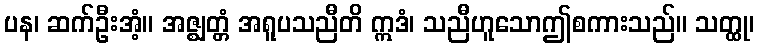
ပန၊ ဆက်ဦးအံ့။ အဇ္ဈတ္တံ အရူပသညီတိ ဣဒံ၊ သညီဟူသောဤစကားသည်။ သတ္ထု၊